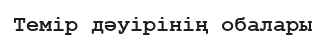
Темір дәуірінің обалары